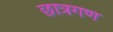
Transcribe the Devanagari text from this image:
छात्रगण